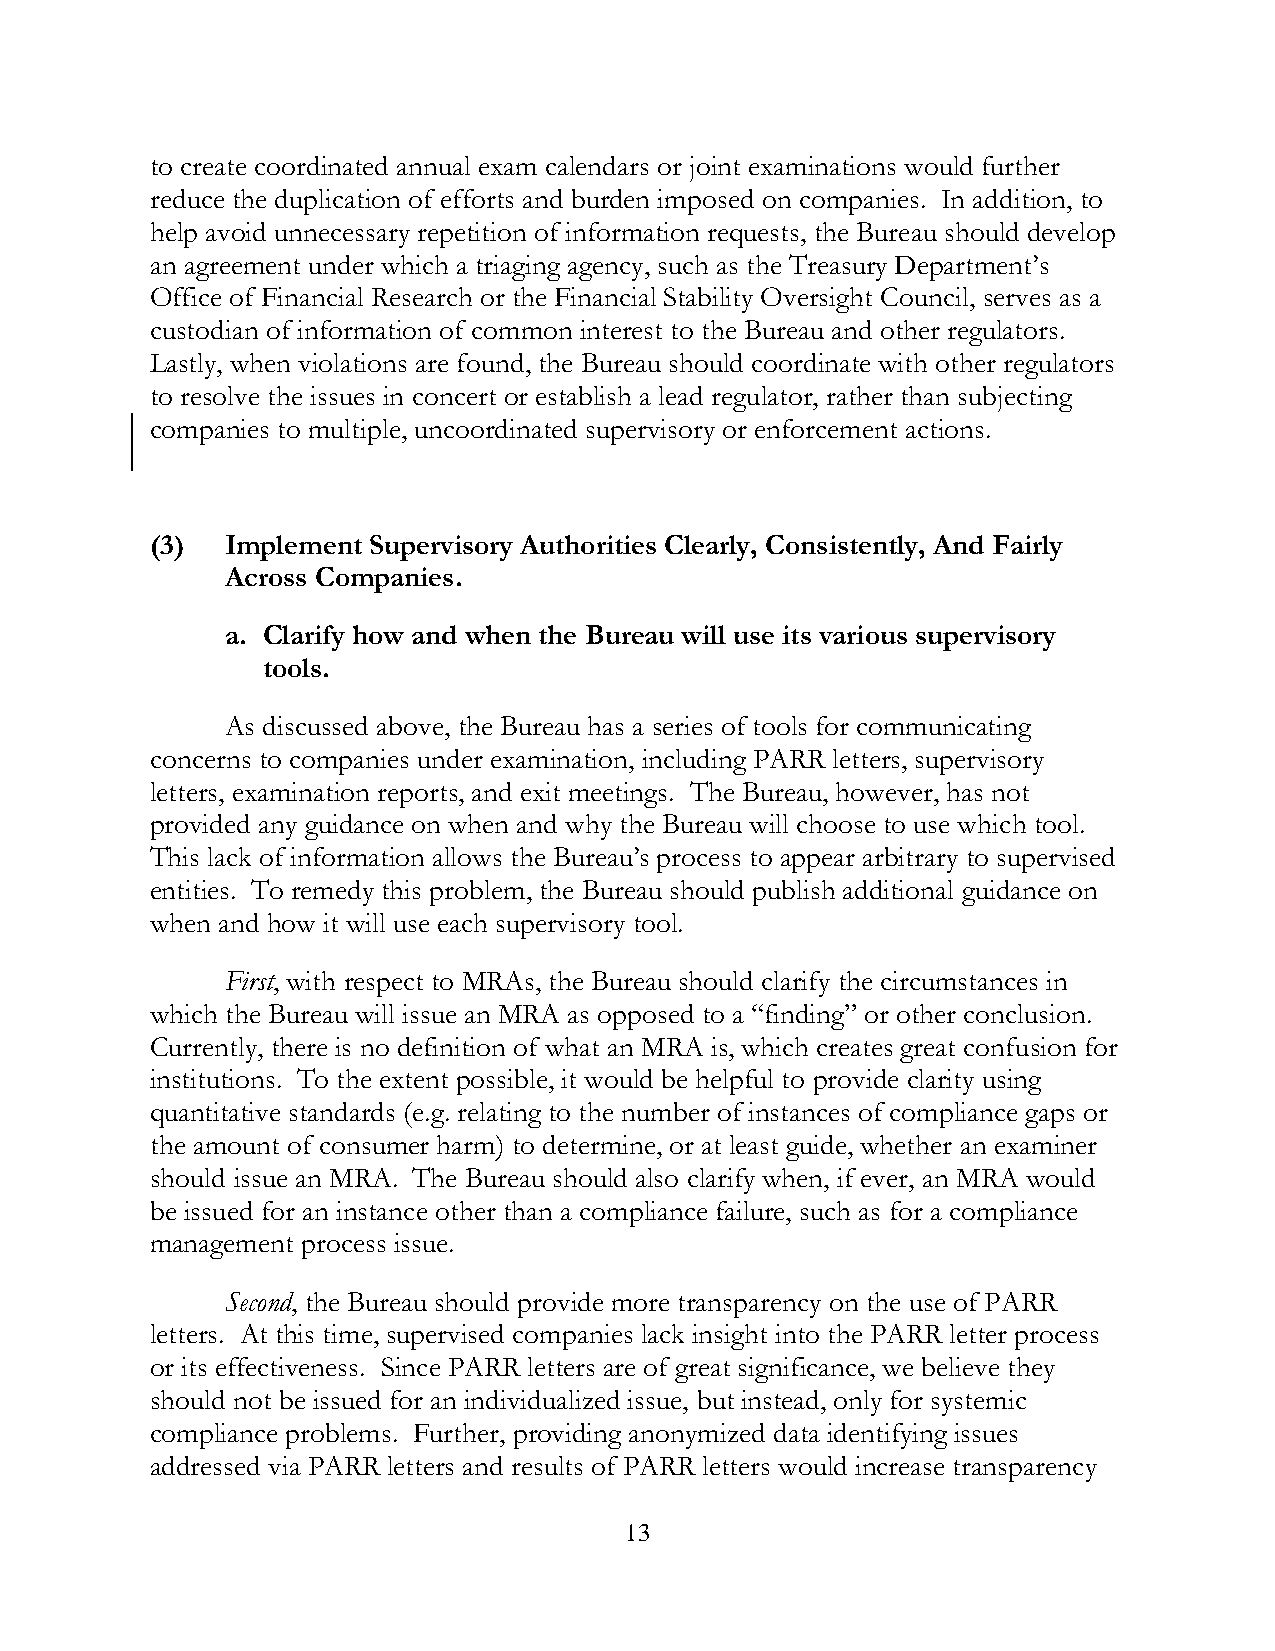
to create coordinated annual exam calendars or joint examinations would further
 reduce the duplication of efforts and burden imposed on companies. In addition, to
 help avoid unnecessary repetition of information requests, the Bureau should develop
 an agreement under which a triaging agency, such as the Treasury Department’s
 Office of Financial Research or the Financial Stability Oversight Council, serves as a
 custodian of information of common interest to the Bureau and other regulators.
 Lastly, when violations are found, the Bureau should coordinate with other regulators
 to resolve the issues in concert or establish a lead regulator, rather than subjecting
 companies to multiple, uncoordinated supervisory or enforcement actions.
 (3)  Implement Supervisory Authorities Clearly, Consistently, And Fairly
 Across Companies.
 a. Clarify how and when the Bureau will use its various supervisory
 tools.
 As discussed above, the Bureau has a series of tools for communicating
 concerns to companies under examination, including PARR letters, supervisory
 letters, examination reports, and exit meetings. The Bureau, however, has not
 provided any guidance on when and why the Bureau will choose to use which tool.
 This lack of information allows the Bureau’s process to appear arbitrary to supervised
 entities. To remedy this problem, the Bureau should publish additional guidance on
 when and how it will use each supervisory tool.
 First, with respect to MRAs, the Bureau should clarify the circumstances in
 which the Bureau will issue an MRA as opposed to a “finding” or other conclusion.
 Currently, there is no definition of what an MRA is, which creates great confusion for
 institutions. To the extent possible, it would be helpful to provide clarity using
 quantitative standards (e.g. relating to the number of instances of compliance gaps or
 the amount of consumer harm) to determine, or at least guide, whether an examiner
 should issue an MRA. The Bureau should also clarify when, if ever, an MRA would
 be issued for an instance other than a compliance failure, such as for a compliance
 management process issue.
 Second, the Bureau should provide more transparency on the use of PARR
 letters. At this time, supervised companies lack insight into the PARR letter process
 or its effectiveness. Since PARR letters are of great significance, we believe they
 should not be issued for an individualized issue, but instead, only for systemic
 compliance problems. Further, providing anonymized data identifying issues
 addressed via PARR letters and results of PARR letters would increase transparency
 13